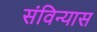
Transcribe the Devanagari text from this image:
संविन्यास